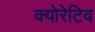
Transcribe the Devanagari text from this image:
क्योरेटिव